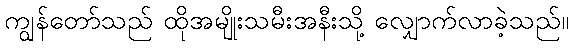
ကျွန်တော်သည် ထိုအမျိုးသမီးအနီးသို့ လျှောက်လာခဲ့သည်။